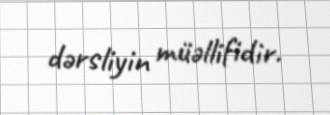
dərsliyin müəllifidir.